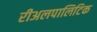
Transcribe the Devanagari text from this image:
रीअलपालिटिक